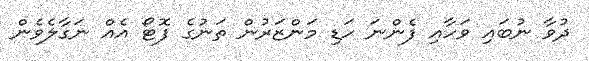
ދުވާ ނުބައި ވަހާއި ފެންނަ ހަޑި މަންޒަރުން ތަނުގެ ފޮޓޯ އެއް ނަގާލެވެން